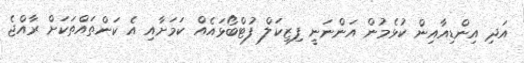
އަދި އިންޑިއާއިން ކުޅެމުން އަންނަނީ ފިޒިކަލް ފުޓްބޯޅައެއް ކަމަށާއި އެ ކަންތައްތަކަށް ރާއްޖެ